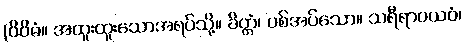
(ဝိဝိဓံ။ အထူးထူးသောအရပ်သို့။ ခိတ္တံ၊ ပစ်အပ်သော။ သရီရာဝယဝံ၊